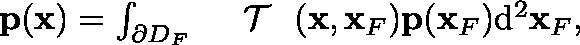
\begin{array} { r } { { \bf p } ( { \bf x } ) = \int _ { \partial \mathbb { D } _ { F } } { { { \mathrm { ~ \boldmath ~ { ~ \cal ~ T ~ } ~ } } } } ( { \bf x } , { \bf x } _ { F } ) { \bf p } ( { \bf x } _ { F } ) \mathrm { d } ^ { 2 } { \bf x } _ { F } , } \end{array}